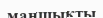
маншықты